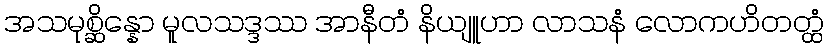
အသမုစ္ဆိန္နော မူလသဒ္ဒဿ အာနီတံ နိယျူဟာ လာသနံ လောကဟိတတ္ထံ